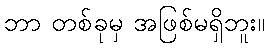
ဘာ တစ်ခုမှ အဖြစ်မရှိဘူး။